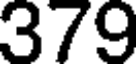
379